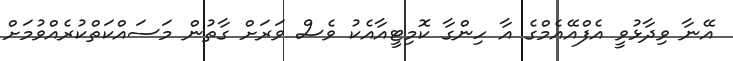
އޭނާ ވިދާޅުވީ އެފްއޭއެމްގެ އާ ހިންގާ ކޮމިޓީއާއެކު ވެސް ވަރަށް ގާތުން މަސައްކަތްކުރެއްވުމަށް